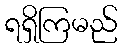
ရရှိကြမည်